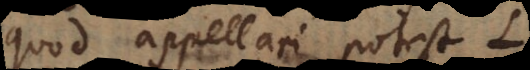
quod appellari potest L.